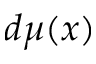
d \mu ( x )